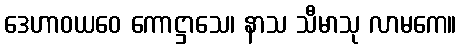
ဒေဟာဝယဝေ ကောဋ္ဌာသေ၊ နာသ သီမာသု လာမကေ။